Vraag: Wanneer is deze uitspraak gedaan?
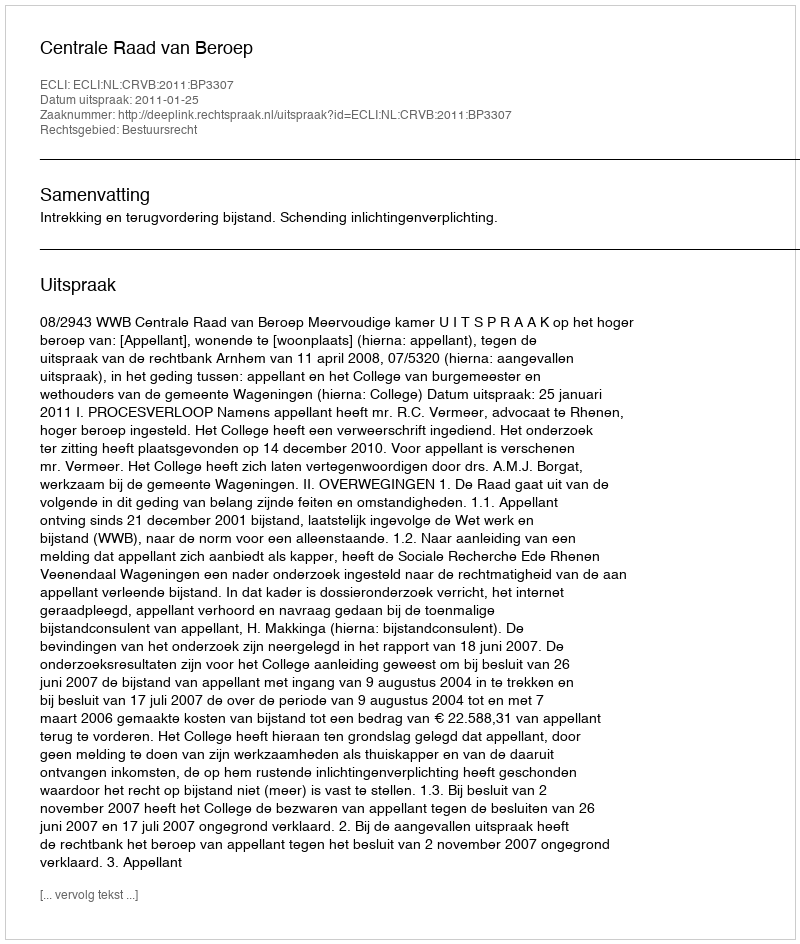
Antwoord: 2011-01-25